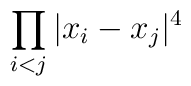
\displaystyle{\prod_{i<j} |x_{i} - x_{j} |^{4}}